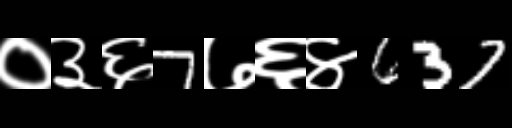
Text: ०३६7७६४637